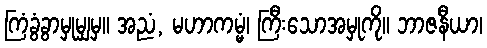
ကြံခွံခွာမှုမျှမှ။ အညံ, မဟာကမ္မံ၊ ကြီးသောအမှုကို။ ဘာဇနီယာ၊